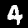
Label: 4